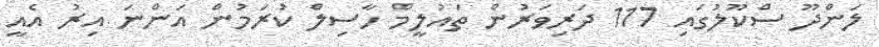
ލަންދޫ ސްކޫލުގައި 117 ދަރިވަރުން ތައުލީމް ހާސިލް ކުރަމުން އަންނަ އިރު އެއީ